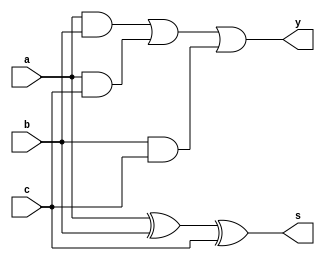
module fa (a,b,c,s,y);
input a,b,c;
output s,y;
assign s=a^b^c;
assign y=(a&b)|(a&c)|(b&c);
endmodule